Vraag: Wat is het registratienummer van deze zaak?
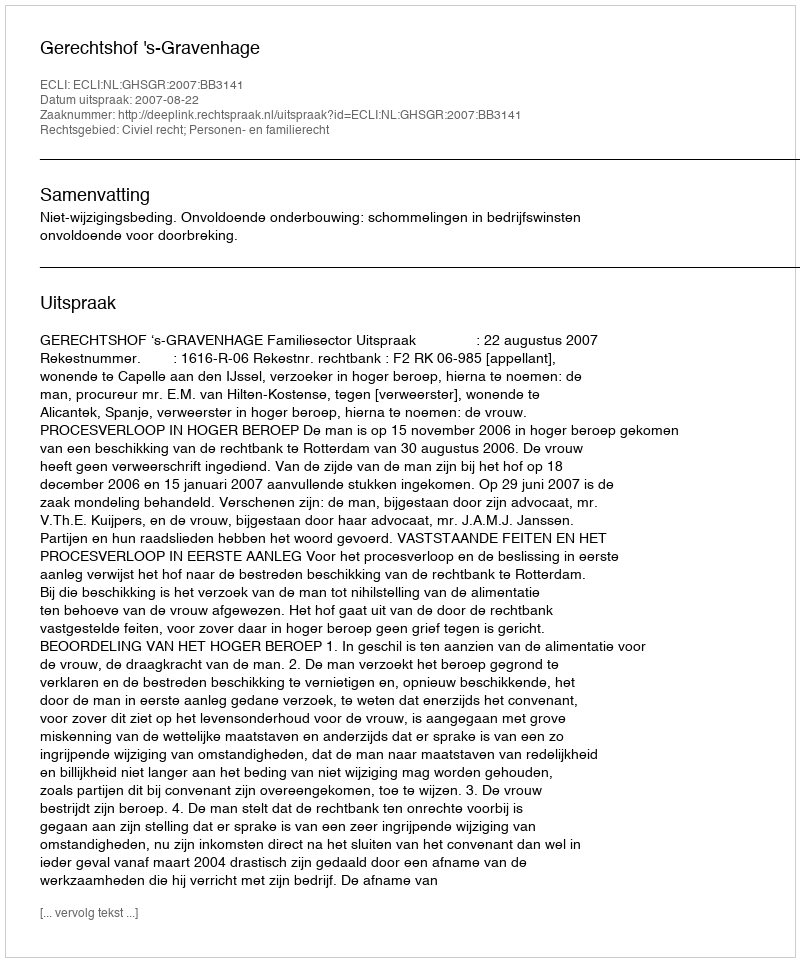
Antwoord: http://deeplink.rechtspraak.nl/uitspraak?id=ECLI:NL:GHSGR:2007:BB3141